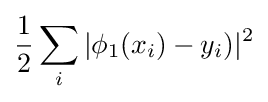
{\frac {1}{2}}\sum _{i}|\phi _{1}(x_{i})-y_{i})|^{2}